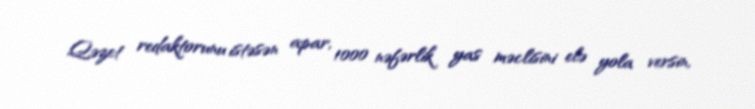
Qəzet redaktorunu istəsən apar, 1000 nəfərlik yas məclisini elə yola versin,